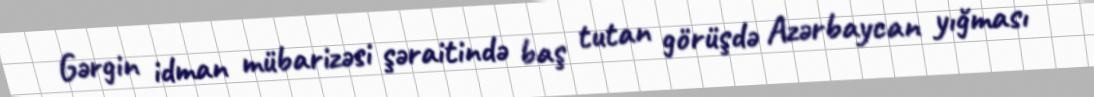
Gərgin idman mübarizəsi şəraitində baş tutan görüşdə Azərbaycan yığması